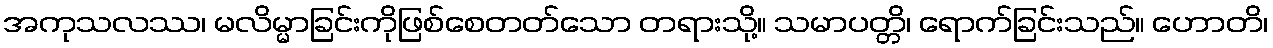
အကုသလဿ၊ မလိမ္မာခြင်းကိုဖြစ်စေတတ်သော တရားသို့။ သမာပတ္တိ၊ ရောက်ခြင်းသည်။ ဟောတိ၊